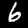
Label: 6